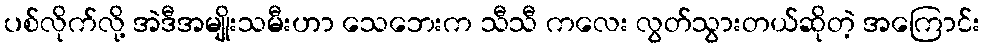
ပစ်လိုက်လို့ အဲဒီအမျိုးသမီးဟာ သေဘေးက သီသီ ကလေး လွတ်သွားတယ်ဆိုတဲ့ အကြောင်း